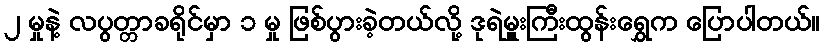
၂ မှုနဲ့ လပွတ္တာခရိုင်မှာ ၁ မှု ဖြစ်ပွားခဲ့တယ်လို့ ဒုရဲမှူးကြီးထွန်းရွှေက ပြောပါတယ်။